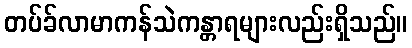
တပ်ခ်လာမာကန်သဲကန္တာရများလည်းရှိသည်။